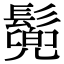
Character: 𩮷